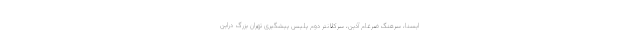
ایسنا، سرهنگ ضرغام آذین، سرکلانتر دوم پلیس پیشگیری تهران بزرگ دراین